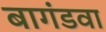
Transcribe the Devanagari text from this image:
बागंडवा